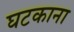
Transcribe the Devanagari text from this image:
घटकाना